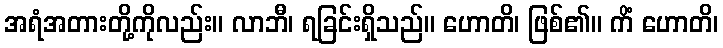
အရံအတားတို့ကိုလည်း။ လာဘီ၊ ရခြင်းရှိသည်။ ဟောတိ၊ ဖြစ်၏။ ကိံ ဟောတိ၊